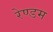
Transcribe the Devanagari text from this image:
रेण्डम